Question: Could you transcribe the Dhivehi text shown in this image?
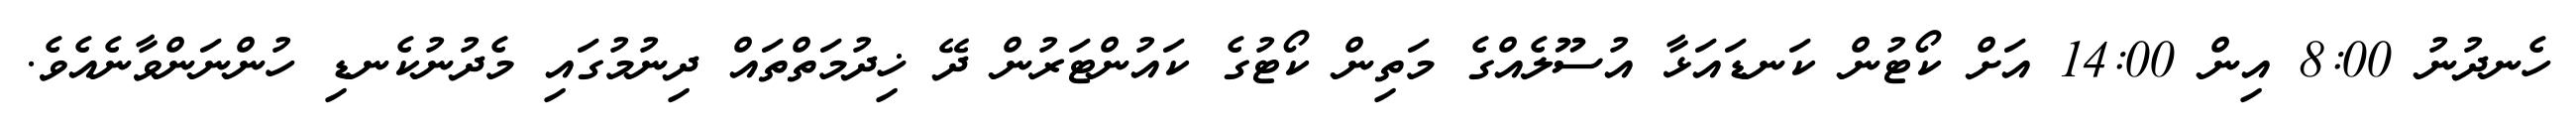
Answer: ހެނދުނު 8:00 އިން 14:00 އަށް ކޯޓުން ކަނޑައަޅާ އުސޫލެއްގެ މަތިން ކޯޓުގެ ކައުންޓަރުން ދޭ ޚިދުމަތްތައް ދިނުމުގައި މެދުނުކެނޑި ހުންނަންވާނެއެވެ.